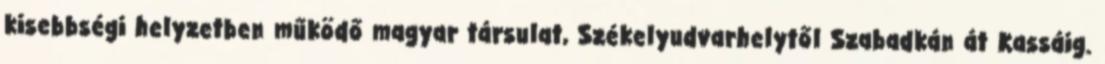
kisebbségi helyzetben működő magyar társulat, Székelyudvarhelytől Szabadkán át Kassáig.